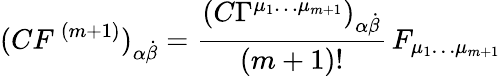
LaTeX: (C{F}^{\, (m+1)})_{\alpha{\dot{\beta}}}=\frac{\left(C\Gamma^{{\mu_{1}}\dots{\mu}_{m+1}}\right)_{\alpha{\dot{\beta}}}}{(m+1)!}\, F_{\mu_{1}\dots\mu_{m+1}}